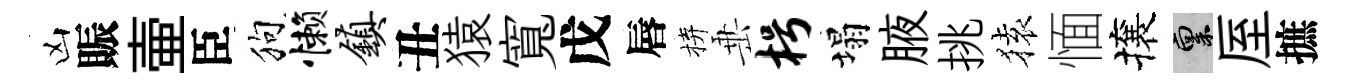
凶賑壷臣狗懒镇丑猿寬戊唇拚𡸁枵塌腋挑𫞤愐攘禀厔摭